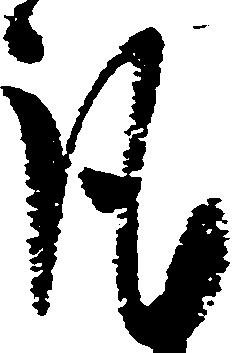
謹